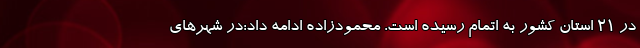
در 21 استان کشور به اتمام رسیده است. محمودزاده ادامه داد:در شهرهای